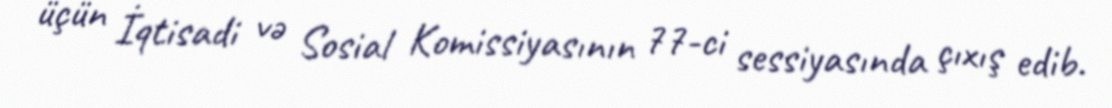
üçün İqtisadi və Sosial Komissiyasının 77-ci sessiyasında çıxış edib.